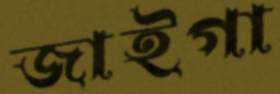
জাইগা